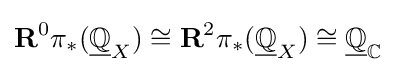
\mathbf {R} ^{0}\pi _{*}({\underline {\mathbb {Q} }}_{X})\cong \mathbf {R} ^{2}\pi _{*}({\underline {\mathbb {Q} }}_{X})\cong {\underline {\mathbb {Q} }}_{\mathbb {C} }